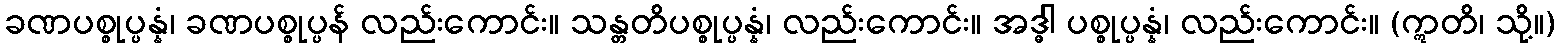
ခဏပစ္စုပ္ပန္နံ၊ ခဏပစ္စုပ္ပန် လည်းကောင်း။ သန္တတိပစ္စုပ္ပန္နံ၊ လည်းကောင်း။ အဒ္ဓါ ပစ္စုပ္ပန္နံ၊ လည်းကောင်း။ (ဣတိ၊ သို့။)